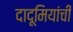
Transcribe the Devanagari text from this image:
दादूमियांची